Report of an investigation of the epidemic of malarial fever in Assam, or, kala-azar
Disease focus: Malaria
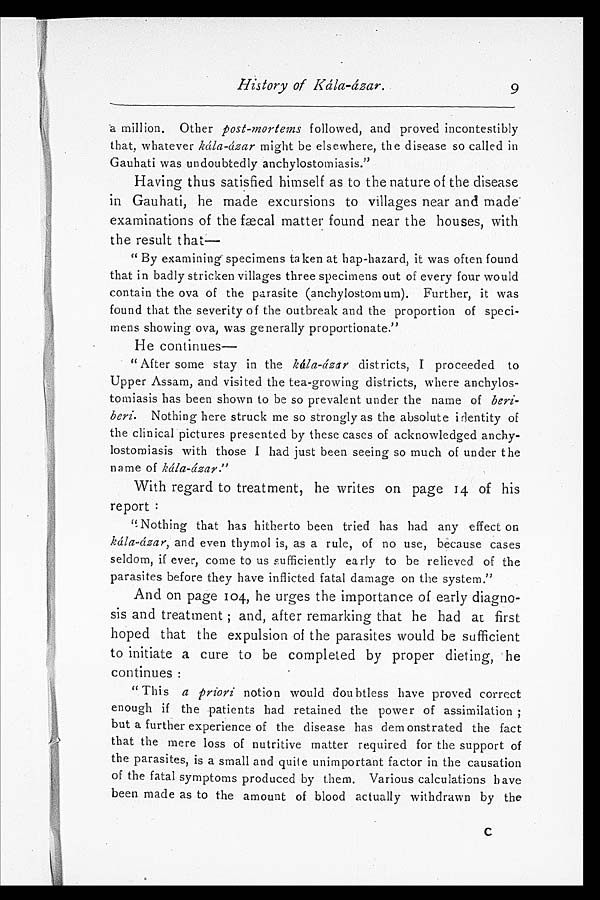
History of Kála-ázar.
a million. Other post-mortems followed, and proved incontestibly
that, whatever kála-ázar might be elsewhere, the disease so called in
Gauhati was undoubtedly anchylostomiasis."
Having thus satisfied himself as to the nature of the disease
in Gauhati, he made excursions to villages near and made
examinations of the fæcal matter found near the houses, with
the result that
—
" By examining specimens taken at hap-hazard, it was often found
that in badly stricken villages three specimens out of every four would
contain the ova of the parasite (anchylostomum). Further, it was
found that the severity of the outbreak and the proportion of speci-
mens showing ova, was generally proportionate."
He continues
—
" After some stay in the kála-ázar districts, I proceeded to
Upper Assam, and visited the tea-growing districts, where anchylos-
tomiasis has been shown to be so prevalent under the name of beri-
beri. Nothing here struck me so strongly as the absolute identity of
the clinical pictures presented by these cases of acknowledged anchy-
lostomiasis with those I had just been seeing so much of under the
name of kála-ázar."
With regard to treatment, he writes on page 14 of his
report:
"Nothing that has hitherto been tried has had any effect on
kála-ázar, and even thymol is, as a rule, of no use, because cases
seldom, if ever, come to us sufficiently early to be relieved of the
parasites before they have inflicted fatal damage on the system."
And on page 104, he urges the importance of early diagno
-
sis and treatment; and, after remarking that he had at first
hoped that the expulsion of the parasites would be sufficient
to initiate a cure to be completed by proper dieting, he
continues:
" This
a priori notion would doubtless have proved correct
enough if the patients had retained the power of assimilation;
but a further experience of the disease has demonstrated the fact
that the mere loss of nutritive matter required for the support of
the parasites, is a small and quite unimportant factor in the causation
of the fatal symptoms produced by them. Various calculations have
been made as to the amount of blood actually withdrawn by the
9